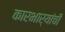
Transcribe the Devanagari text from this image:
कारभार्‍यांची